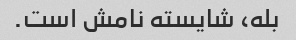
بله، شایسته نامش است.